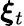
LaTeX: \boldsymbol{\xi}_{t}